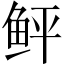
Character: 鲆